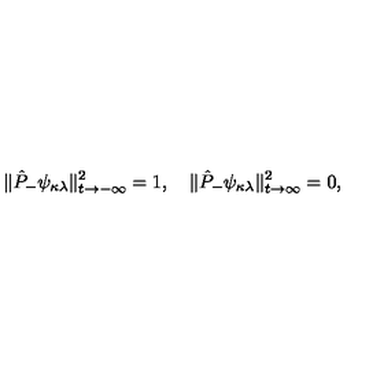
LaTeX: \| \hat { P } _ { - } \psi _ { \kappa \lambda } \| _ { t \rightarrow - \infty } ^ { 2 } = 1 , \quad \| \hat { P } _ { - } \psi _ { \kappa \lambda } \| _ { t \rightarrow \infty } ^ { 2 } = 0 ,